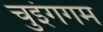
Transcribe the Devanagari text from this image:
चुइंगगम